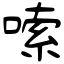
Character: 嗦